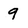
Character: 9